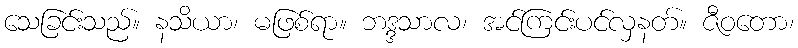
သေခြင်းသည်။ နသိယာ၊ မဖြစ်ရာ။ ဘဒ္ဒသာလ၊ အင်ကြင်းပင်လှနတ်။ ဇီဝတော၊